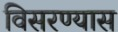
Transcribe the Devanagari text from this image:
विसरण्यास